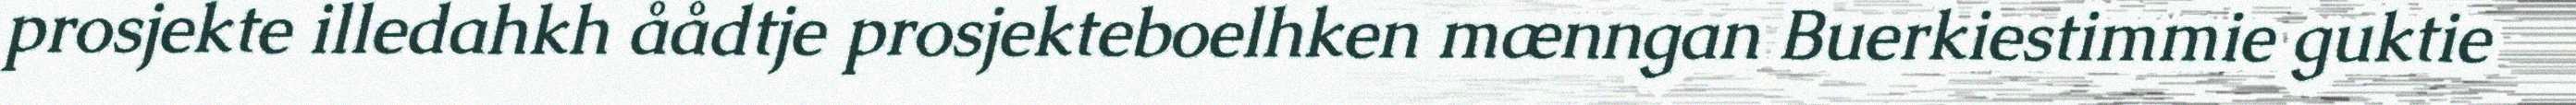
prosjekte illedahkh åådtje prosjekteboelhken mænngan Buerkiestimmie guktie